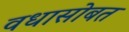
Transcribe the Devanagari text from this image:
वधासोबत